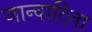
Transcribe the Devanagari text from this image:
जान्वादिना